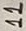
Text: 11